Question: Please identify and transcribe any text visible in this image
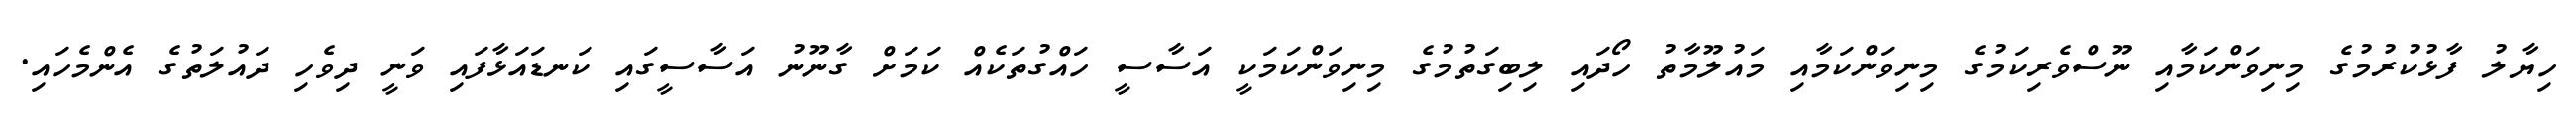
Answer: ހިޔާލު ފާޅުކުރުމުގެ މިނިވަންކަމާއި ނޫސްވެރިކަމުގެ މިނިވަންކަމާއި މައުލޫމާތު ހޯދައި ލިބިގަތުމުގެ މިނިވަންކަމަކީ އަސާސީ ހައްގުތަކެއް ކަމަށް ގާނޫނު އަސާސީގައި ކަނޑައަޅާފައި ވަނީ ދިވެހި ދައުލަތުގެ އެންމެހައި.